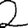
Digit: 2